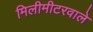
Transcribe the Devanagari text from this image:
मिलीमीटरवाले